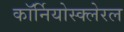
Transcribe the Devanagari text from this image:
कॉर्नियोस्क्लेरल